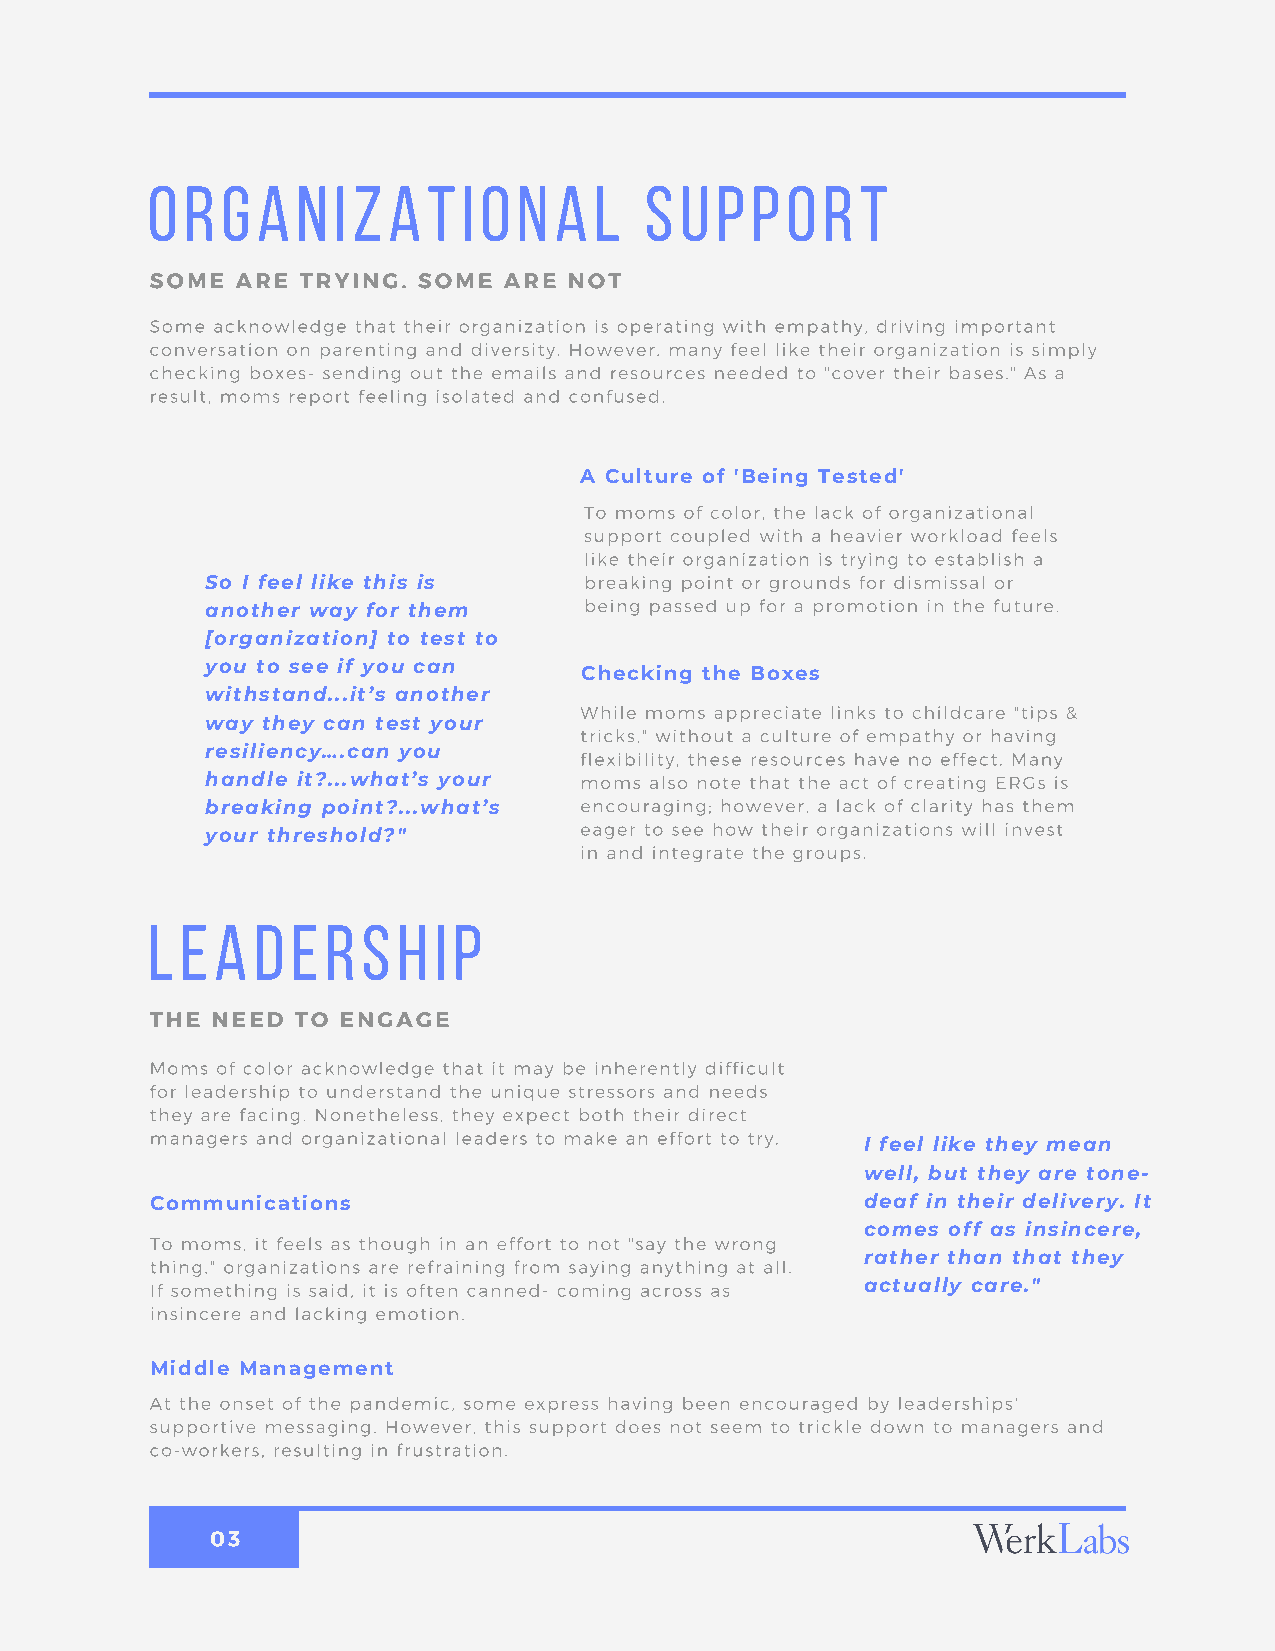
OrGanizational                   Support
 SOME  ARE TRYING. SOME ARE  NOT
 Some acknowledge that their organization is operating with empathy, driving important
 conversation on parenting and diversity. However, many feel like their organization is simply
 checking boxes- sending out the emails and resources needed to "cover their bases." As a
 result, moms report feeling isolated and confused.
 A Culture of 'Being Tested'
 To moms of color, the lack of organizational
 support coupled with a heavier workload feels
 like their organization is trying to establish a
 So I feel like this is   breaking point or grounds for dismissal or
 being passed up for a promotion in the future.
 another way for them
 [organization] to test to
 you to see if you can
 Checking the Boxes
 withstand...it’s another
 While moms appreciate links to childcare "tips &
 way they can test your
 tricks," without a culture of empathy or having
 resiliency….can you     flexibility, these resources have no effect. Many
 handle it?...what’s your moms also note that the act of creating ERGs is
 breaking point?...what’s encouraging; however, a lack of clarity has them
 eager to see how their organizations will invest
 your threshold?"
 in and integrate the groups.
 LeadersHip
 THE NEED  TO ENGAGE
 Moms of color acknowledge that it may be inherently difficult
 for leadership to understand the unique stressors and needs
 they are facing. Nonetheless, they expect both their direct
 managers and organizational leaders to make an effort to try.
 I feel like they mean
 well, but they are tone-
 Communications                                 deaf in their delivery. It
 comes off as insincere,
 To moms, it feels as though in an effort to not "say the wrong
 rather than that they
 thing," organizations are refraining from saying anything at all.
 If something is said, it is often canned- coming across as actually care."
 insincere and lacking emotion.
 Middle Management
 At the onset of the pandemic, some express having been encouraged by leaderships'
 supportive messaging. However, this support does not seem to trickle down to managers and
 co-workers, resulting in frustration.
 03